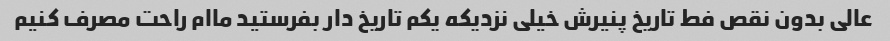
عالی بدون نقص فط تاریخ پنیرش خیلی نزدیکه یکم تاریخ دار بفرستید ماام راحت مصرف کنیم